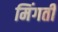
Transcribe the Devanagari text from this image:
मिंगती